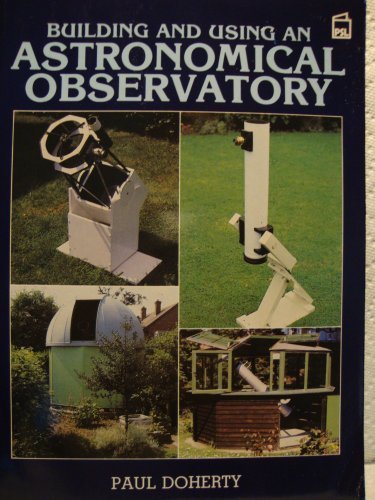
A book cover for Building and Using an Astronomical Observatory; Paul Doherty; Science & Math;